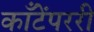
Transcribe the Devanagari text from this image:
काँटेंपररी